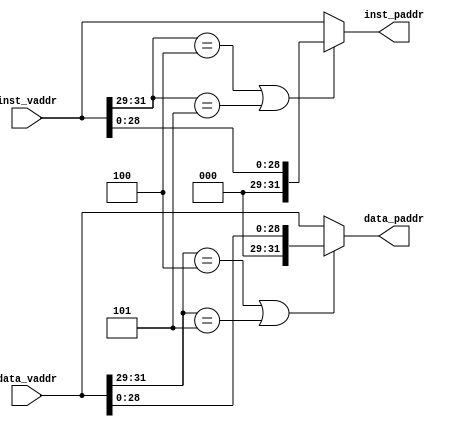
`timescale 1ns / 1ps
//////////////////////////////////////////////////////////////////////////////////
// Company: 
// Engineer: 
// 
// Design Name: 
// Module Name: addrtrans
// Project Name: 
// Target Devices: 
// Tool Versions: 
// Description: 
// 
// Dependencies: 
// 
// Revision:
// Revision 0.01 - File Created
// Additional Comments:
// 
//////////////////////////////////////////////////////////////////////////////////


module addrtrans(
    input wire  [31:0] inst_vaddr,
    output wire [31:0] inst_paddr,
    input wire  [31:0] data_vaddr,
    output wire [31:0] data_paddr
    );
    wire inst_kseg0, inst_kseg1;
    wire data_kseg0, data_kseg1;

    assign inst_kseg0 = (inst_vaddr[31:29] == 3'b100);
    assign inst_kseg1 = (inst_vaddr[31:29] == 3'b101);
    assign data_kseg0 = (data_vaddr[31:29] == 3'b100);
    assign data_kseg1 = (data_vaddr[31:29] == 3'b101);

    assign inst_paddr = inst_kseg0 | inst_kseg1 ?
           {3'b0, inst_vaddr[28:0]} : inst_vaddr;
    assign data_paddr = data_kseg0 | data_kseg1 ?
           {3'b0, data_vaddr[28:0]} : data_vaddr;
endmodule